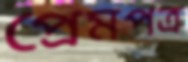
প্রেমপত্র